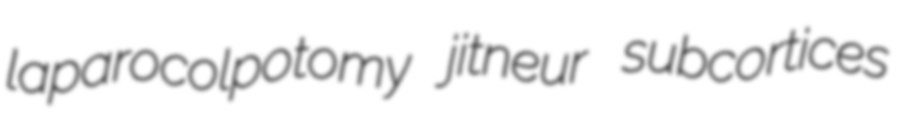
laparocolpotomy jitneur subcortices